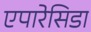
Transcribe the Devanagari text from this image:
एपारेसिडा